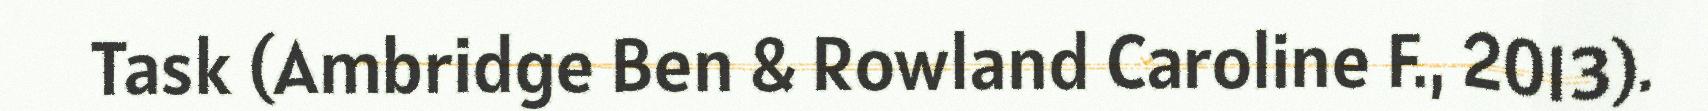
Task (Ambridge Ben & Rowland Caroline F., 2013).